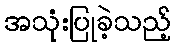
အသုံးပြုခဲ့သည့်